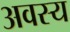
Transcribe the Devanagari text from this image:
अवस्य